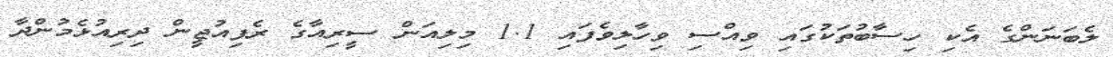
ލެބަނަންގެ އެކި ހިސާބުތަކުގައި ވިއްސި ވިހާލިވެފައި 1.1 މިލިއަން ސީރިއާގެ ރެފިއުޖީން ދިރިއުޅެމުންދާ